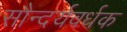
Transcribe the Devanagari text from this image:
सौन्दर्यवर्धक